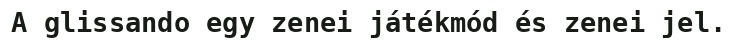
A glissando egy zenei játékmód és zenei jel.